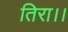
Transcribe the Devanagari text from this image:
तिरा।।